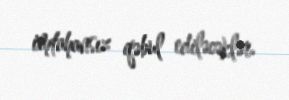
imtahansız qəbul ediləcəklər.